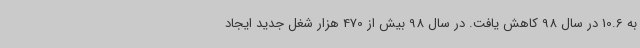
به 10.6 در سال 98 کاهش یافت. در سال 98 بیش از 470 هزار شغل جدید ایجاد